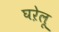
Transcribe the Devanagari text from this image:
घऱेलू